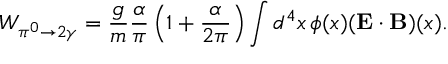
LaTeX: W _ { \pi ^ { 0 } \to 2 \gamma } = \frac { g } { m } \frac { \alpha } { \pi } \left( 1 + \frac { \alpha } { 2 \pi } \right) \int d ^ { 4 } x \, \phi ( x ) ( \mathbf { E \cdot B } ) ( x ) .